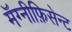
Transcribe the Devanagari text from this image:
मॅग्नीफ़िसेन्ट